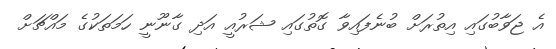
އެ ޖަވާބުގައި އިތުރަށް ބުނެފައިވާ ގޮތުގައި ޝަރުއީ އަދި ގާނޫނީ ހަމަތަކުގެ މައްޗަށް